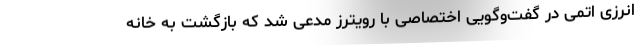
انرزی اتمی در گفت‌وگویی اختصاصی با رویترز مدعی شد که بازگشت به خانه